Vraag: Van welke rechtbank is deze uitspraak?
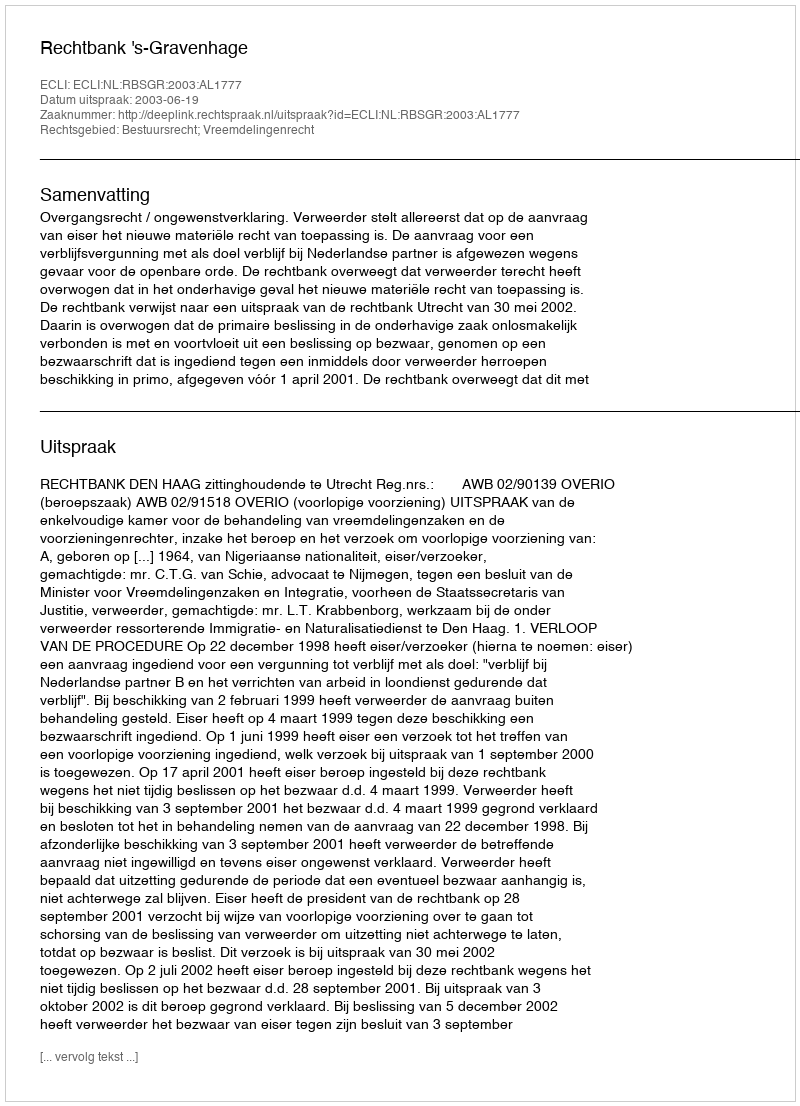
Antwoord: Rechtbank 's-Gravenhage